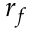
r _ { f }